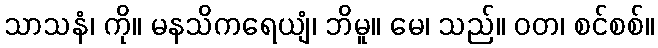
သာသနံ၊ ကို။ မနသိကရေယျံ၊ ဘိမူ။ မေ၊ သည်။ ဝတ၊ စင်စစ်။